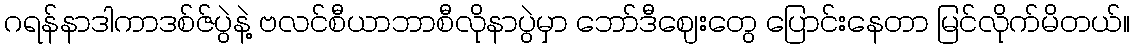
ဂရန်နာဒါကာဒစ်ဇ်ပွဲနဲ့ ဗလင်စီယာဘာစီလိုနာပွဲမှာ ဘော်ဒီဈေးတွေ ပြောင်းနေတာ မြင်လိုက်မိတယ်။